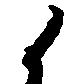
候